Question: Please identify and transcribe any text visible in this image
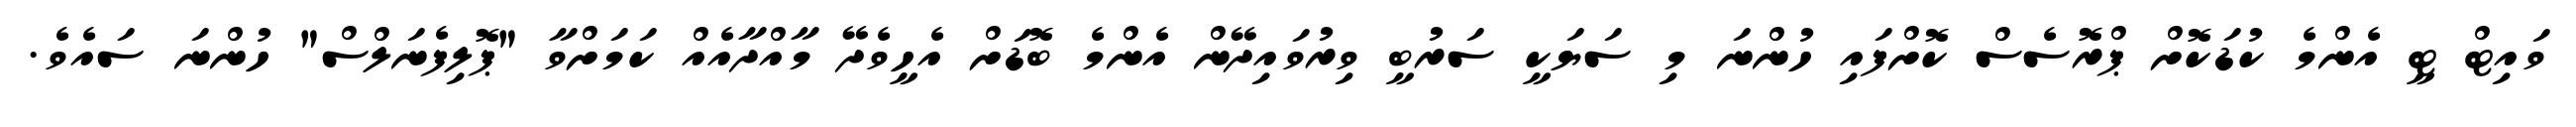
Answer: ވައިޓް ޓީ އެންމެ ކުޑަކޮށް ޕްރޮސެސް ކޮށްފައި ހުންނަ މި ސަޔަކީ ސަރުބީ ވިރުވައިދޭން އެންމެ ބޮޑަށް އެހީވެދޭ މާއްދާއެއް ކަމަށްވާ "ޕޮލިފެނަލްސް" ހުންނަ ސައެވެ.